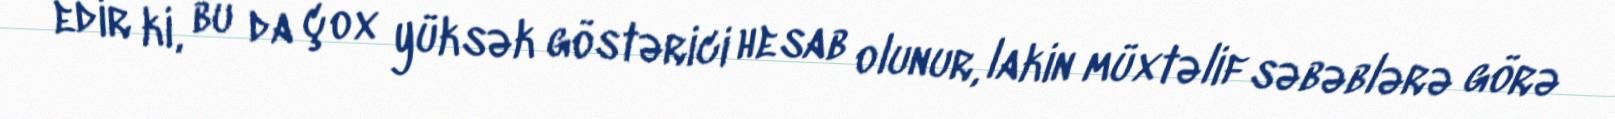
edir ki, bu da çox yüksək göstərici hesab olunur, lakin müxtəlif səbəblərə görə